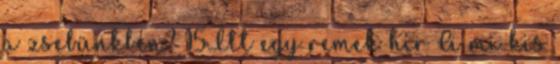
a zsebünkben? 15Itt egy remek hír A mi kis